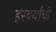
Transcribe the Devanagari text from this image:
हरबर्याची